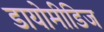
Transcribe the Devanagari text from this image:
डायोमीडिज